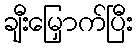
ချီးမြှောက်ပြီး